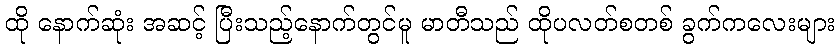
ထို နောက်ဆုံး အဆင့် ပြီးသည့်နောက်တွင်မူ မာတီသည် ထိုပလတ်စတစ် ခွက်ကလေးများ